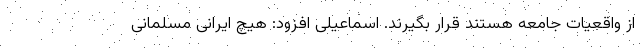
از واقعیات جامعه هستند قرار بگیرند. اسماعیلی افزود: هیچ ایرانی مسلمانی